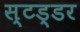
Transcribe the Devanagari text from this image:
स्टड्डर